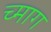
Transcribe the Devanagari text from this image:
च्माग